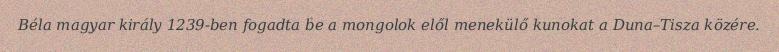
Béla magyar király 1239-ben fogadta be a mongolok elől menekülő kunokat a Duna–Tisza közére.